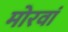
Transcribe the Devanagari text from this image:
मोरवां